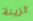
الزينة